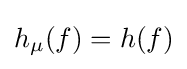
h_{\mu }(f)=h(f)